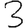
Digit: 3